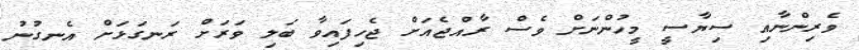
ވެރިންނާއި ސިޔާސީ މީހުންނަށް ވެސް ރާއްޖެއަށް ޖެހިފައިވާ ބަލި ވަރަށް ރަނގަޅަށް އެނގުނު